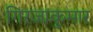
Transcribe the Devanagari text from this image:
गिरजाकुमार